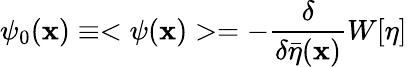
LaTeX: \psi_{0}(\mathbf{x})\equiv<\psi(\mathbf{x})>=-\frac{{\delta}}{{\delta\bar{{\eta}}(\mathbf{x})}}W[\eta]